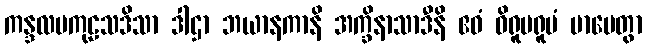
ကန္ဒလမကုဠသဒိသာ ဒါဌာ ဘယာနကာနိ အက္ခိနာသာဒီနိ ဧဝံ ဝိရူပရူပံ မာပေတွာ